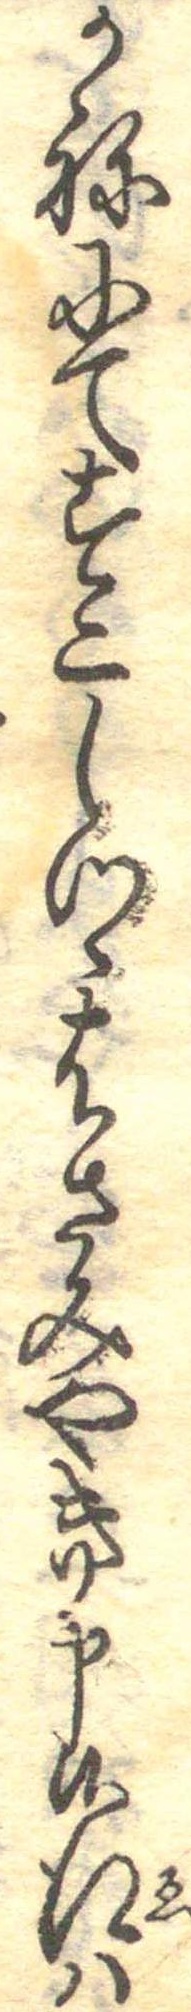
かねにてすこしつゝはさみやき申候江は